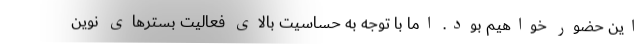
این حضور خواهیم بود. اما با توجه به حساسیت بالای فعالیت بسترهای نوین